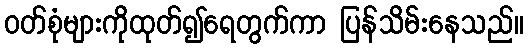
ဝတ်စုံများကိုထုတ်၍ရေတွက်ကာ ပြန်သိမ်းနေသည်။